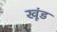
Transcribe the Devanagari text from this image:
खूंड